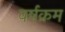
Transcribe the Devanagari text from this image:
वर्षक्रम